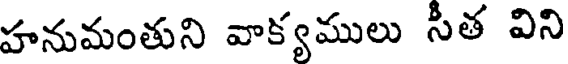
హనుమంతుని వాక్యములు సీత విని